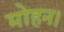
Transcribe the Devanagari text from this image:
मोहन।